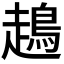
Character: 𧽪